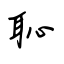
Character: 恥